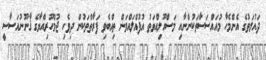
ދައުލަތުގެ އެންމެހާ މުއައްސަސާތަކުންނާއި މަސްއޫލިއްޔަތު އުފުއްލައްވަން ތިއްބެވި ފަރާތްތަކުން ދިވެހި ޖުމްހޫރިއްޔާގެ ޤާނޫނުއަސާސީ